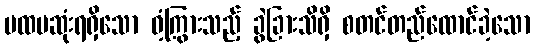
ပထမဆုံးရရှိသော ဝံ့ကြွားသည့် ခွဲခြားသိရှိ စတင်တည်ထောင်ခဲ့သော